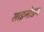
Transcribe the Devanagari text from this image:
साइनोडन